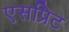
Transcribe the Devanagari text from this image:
एसप्रिट